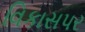
વિકાસપર